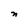
Character: n